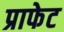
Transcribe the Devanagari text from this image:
प्राफेट